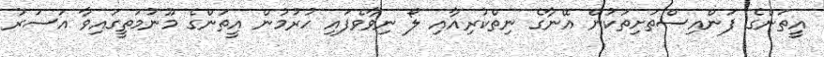
އީތަންގެ ފަންއިސްތަށިތަކުން އޭނާގެ ނިތްކުރިއާއި ލޯ ނިވާވެފައި ހުރުމުން އީތަންގެ މޫނުމަތީގައިވާ އަސަރު